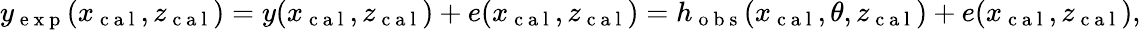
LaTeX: \begin{array}{r}{y_{\mathrm{~e~x~p~}}(x_{\mathrm{~c~a~l~}},z_{\mathrm{~c~a~l~}})=y(x_{\mathrm{~c~a~l~}},z_{\mathrm{~c~a~l~}})+e(x_{\mathrm{~c~a~l~}},z_{\mathrm{~c~a~l~}})=h_{\mathrm{~o~b~s~}}(x_{\mathrm{~c~a~l~}},\theta,z_{\mathrm{~c~a~l~}})+e(x_{\mathrm{~c~a~l~}},z_{\mathrm{~c~a~l~}}),}\end{array}